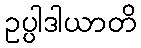
ဥပ္ပါဒါယာတိ